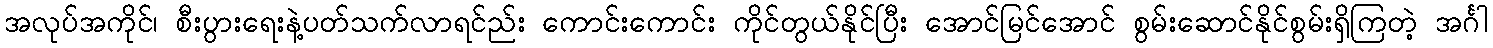
အလုပ်အကိုင်၊ စီးပွားရေးနဲ့ပတ်သက်လာရင်ည်း ကောင်းကောင်း ကိုင်တွယ်နိုင်ပြီး အောင်မြင်အောင် စွမ်းဆောင်နိုင်စွမ်းရှိကြတဲ့ အင်္ဂါ